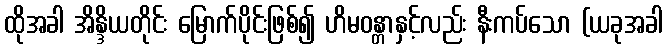
ထိုအခါ အိန္ဒိယတိုင်း မြောက်ပိုင်းဖြစ်၍ ဟိမဝန္တာနှင့်လည်း နီးကပ်သော (ယခုအခါ